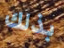
بذلك